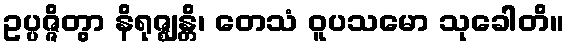
ဥပ္ပဇ္ဇိတွာ နိရုဇ္ဈန္တိ၊ တေသံ ဝူပသမော သုခေါတိ။